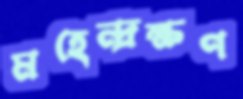
মহেন্দ্রক্ষণ